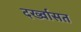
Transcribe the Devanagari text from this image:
दर्ख्वासत